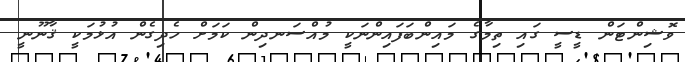
ވޮޝިންޓަން ޑީސީ ގައި ތިމާގެ މައިންބަފައިންނަކީ މުއްސަނދިން ކަމަށް ހެދިގެން އުޅުމަކީ ޤާނޫނީ